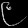
Digit: ၉